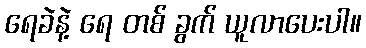
ရေခဲနဲ့ ရေ တစ် ခွက် ယူလာပေးပါ။